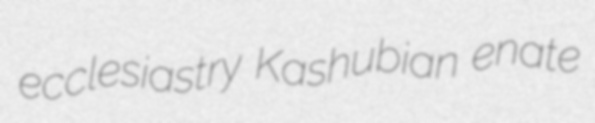
ecclesiastry Kashubian enate